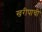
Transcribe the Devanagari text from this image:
खरीपाची